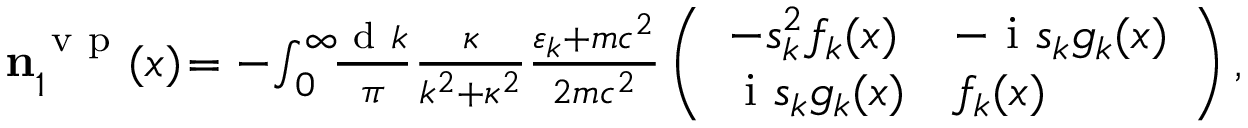
\begin{array} { r } { \ensuremath { \mathbf { n } } _ { 1 } ^ { \ensuremath { \mathrm { ~ v ~ p ~ } } } ( x ) \! = - \! \int _ { 0 } ^ { \infty } \! \! \frac { \ensuremath { \mathrm { ~ d ~ } } k } { \pi } \frac { \kappa } { k ^ { 2 } + \kappa ^ { 2 } } \frac { \varepsilon _ { k } + m c ^ { 2 } } { 2 m c ^ { 2 } } \left( \begin{array} { l l } { - s _ { k } ^ { 2 } f _ { k } ( x ) } & { - \ensuremath { \mathrm { ~ i ~ } } s _ { k } g _ { k } ( x ) } \\ { \ensuremath { \mathrm { ~ i ~ } } s _ { k } g _ { k } ( x ) } & { f _ { k } ( x ) } \end{array} \right) , \; \; } \end{array}